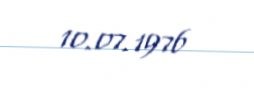
10.07.1976